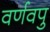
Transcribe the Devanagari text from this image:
वर्णवपु